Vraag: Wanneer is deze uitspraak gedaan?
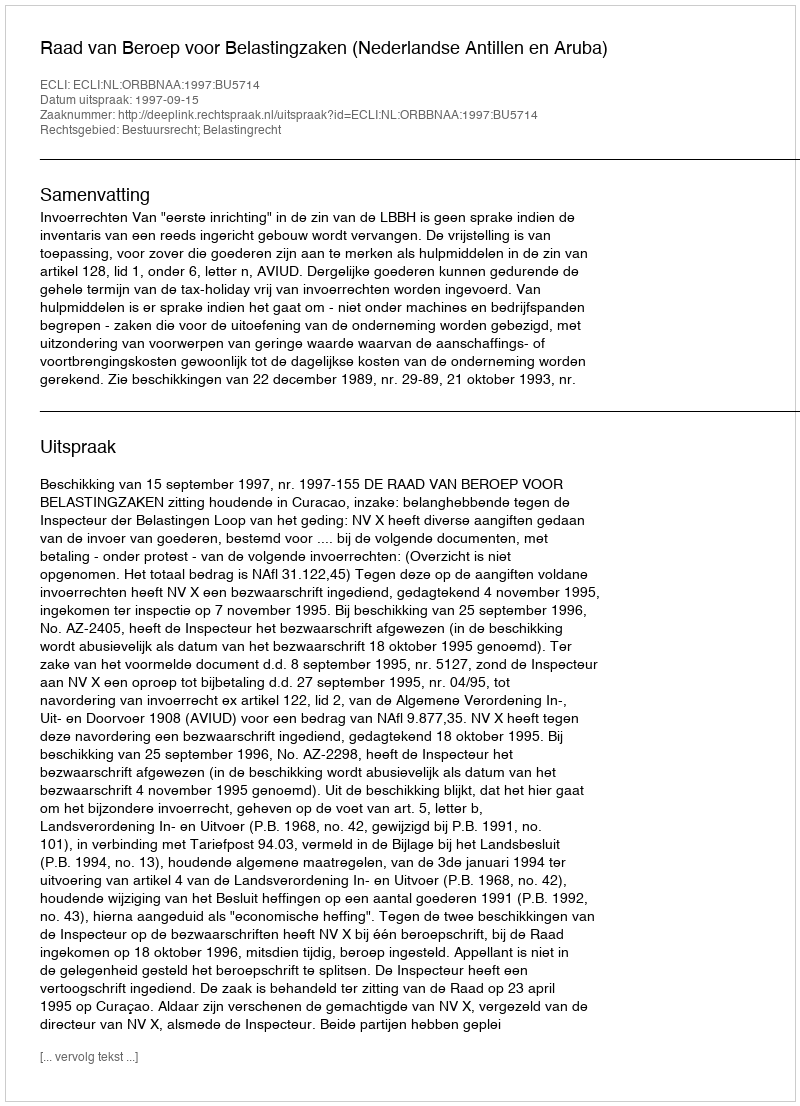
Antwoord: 1997-09-15